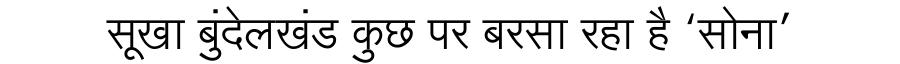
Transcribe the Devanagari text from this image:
सूखा बुंदेलखंड कुछ पर बरसा रहा है ‘सोना’